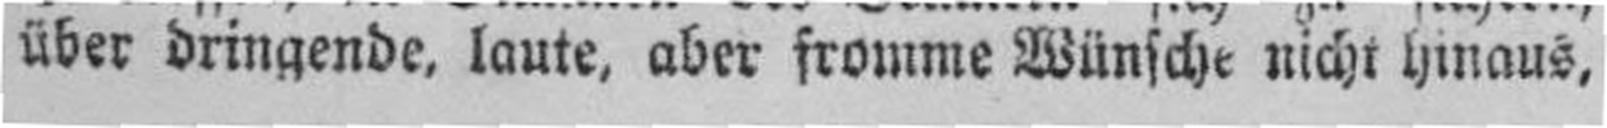
über dringende, laute, aber fromme Wünsche nicht hinaus,